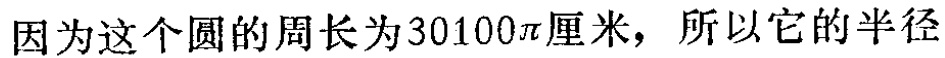
因为这个圆的周长为\(30100\pi\)厘米，所以它的半径